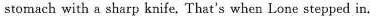
stomach with a sharp knife. That's when Lone stepped in.